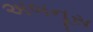
અબનૂસ